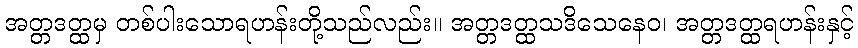
အတ္တဒတ္ထမှ တစ်ပါးသောရဟန်းတို့သည်လည်း။ အတ္တဒတ္ထသဒိသေနေဝ၊ အတ္တဒတ္ထရဟန်းနှင့်